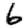
Digit: 6